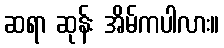
ဆရာ ဆုန်း အိမ်ကပါလား။